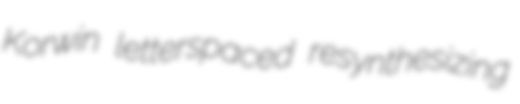
Korwin letterspaced resynthesizing